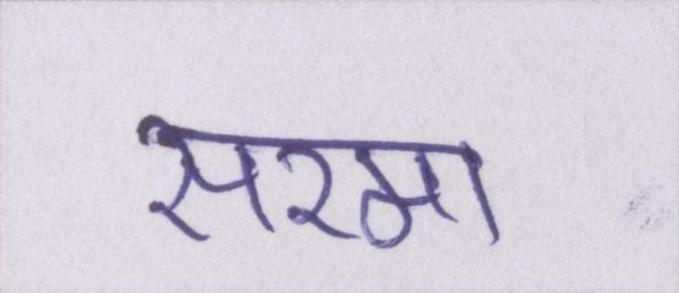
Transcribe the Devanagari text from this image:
सरमा